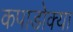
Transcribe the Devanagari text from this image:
कपाडोक्या